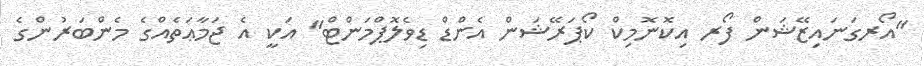
"އޯރގަނައިޒޭޝަން ފޯރ އިކޮނޮމިކް ކޯޕަރޭޝަން އެންޑް ޑިވެލޮޕްމަންޓް" އަކީ އެ ޖަމާޢަތެއްގެ މެންބަރުންގެ